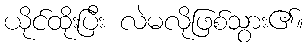
ယိုင်ထိုးပြီး လဲမလိုဖြစ်သွား၏။